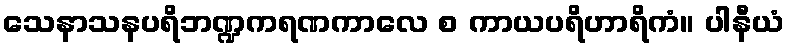
သေနာသနပရိဘဏ္ဍကရဏကာလေ စ ကာယပရိဟာရိကံ။ ပါနီယံ